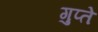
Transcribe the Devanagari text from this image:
गुप्‍ते